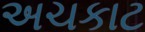
અચકાટ